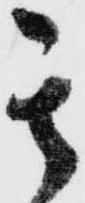
其